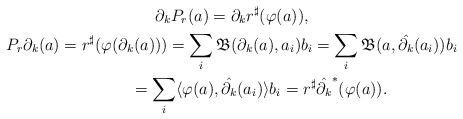
LaTeX: \begin{gather*} \partial_k P_r(a) = \partial_k r^\sharp (\varphi(a)), \\ P_r \partial_k(a) = r^\sharp(\varphi(\partial_k(a))) = \sum_i \mathfrak{B}(\partial_k(a),a_i) b_i = \sum_i \mathfrak{B}(a, \hat{\partial_k}(a_i)) b_i \\ \hphantom{P_r \partial_k(a)}{} = \sum_i \langle \varphi(a), \hat{\partial_k}(a_i) \rangle b_i = r^\sharp \hat{\partial_k}^*(\varphi(a)). \end{gather*}